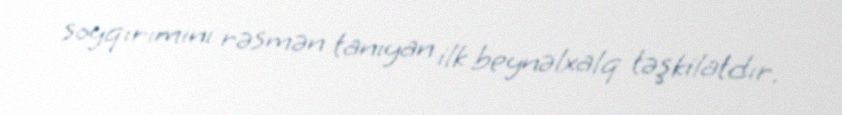
soyqırımını rəsmən tanıyan ilk beynəlxalq təşkilatdır.